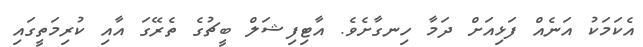
އެކަމަކު އަނެއް ފަޅިއަށް ދަމާ ހިނގާށެވެ. އާޓިފިޝަލް ބީޗުގެ ތެރޭގަ އާއި ކުރިމަތީގައި